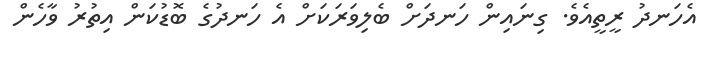
އެހަނދު ރީތީއެވެ. ގިނައިން ހަނދަށް ބެލިވަރަކަށް އެ ހަނދުގެ ބޮޑުކަން އިތުރު ވާހެން